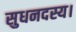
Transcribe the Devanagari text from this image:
सुधनदस्य।